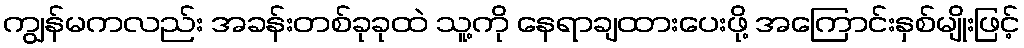
ကျွန်မကလည်း အခန်းတစ်ခုခုထဲ သူ့ကို နေရာချထားပေးဖို့ အကြောင်းနှစ်မျိုးဖြင့်